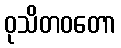
ဝုသိတဝတော